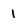
Character: 1